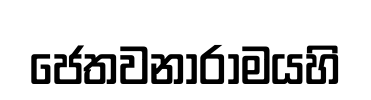
ජෙතවනාරාමයහි